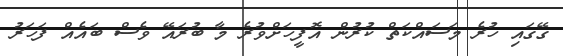
ގޭގައި ހުރެ މަސައްކަތް ކުރުން އޮފީހަށްވުރެ މާ ބުރައޭ ވެސް ބައެއް ފަހަރު